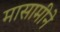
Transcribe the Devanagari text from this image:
मासामीने